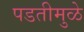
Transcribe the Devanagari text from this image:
पडतीमुळे